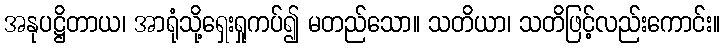
အနုပဋ္ဌိတာယ၊ အာရုံသို့ရှေးရှုကပ်၍ မတည်သော။ သတိယာ၊ သတိဖြင့်လည်းကောင်း။